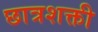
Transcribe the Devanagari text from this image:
छात्रशक्ती